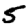
Digit: 5